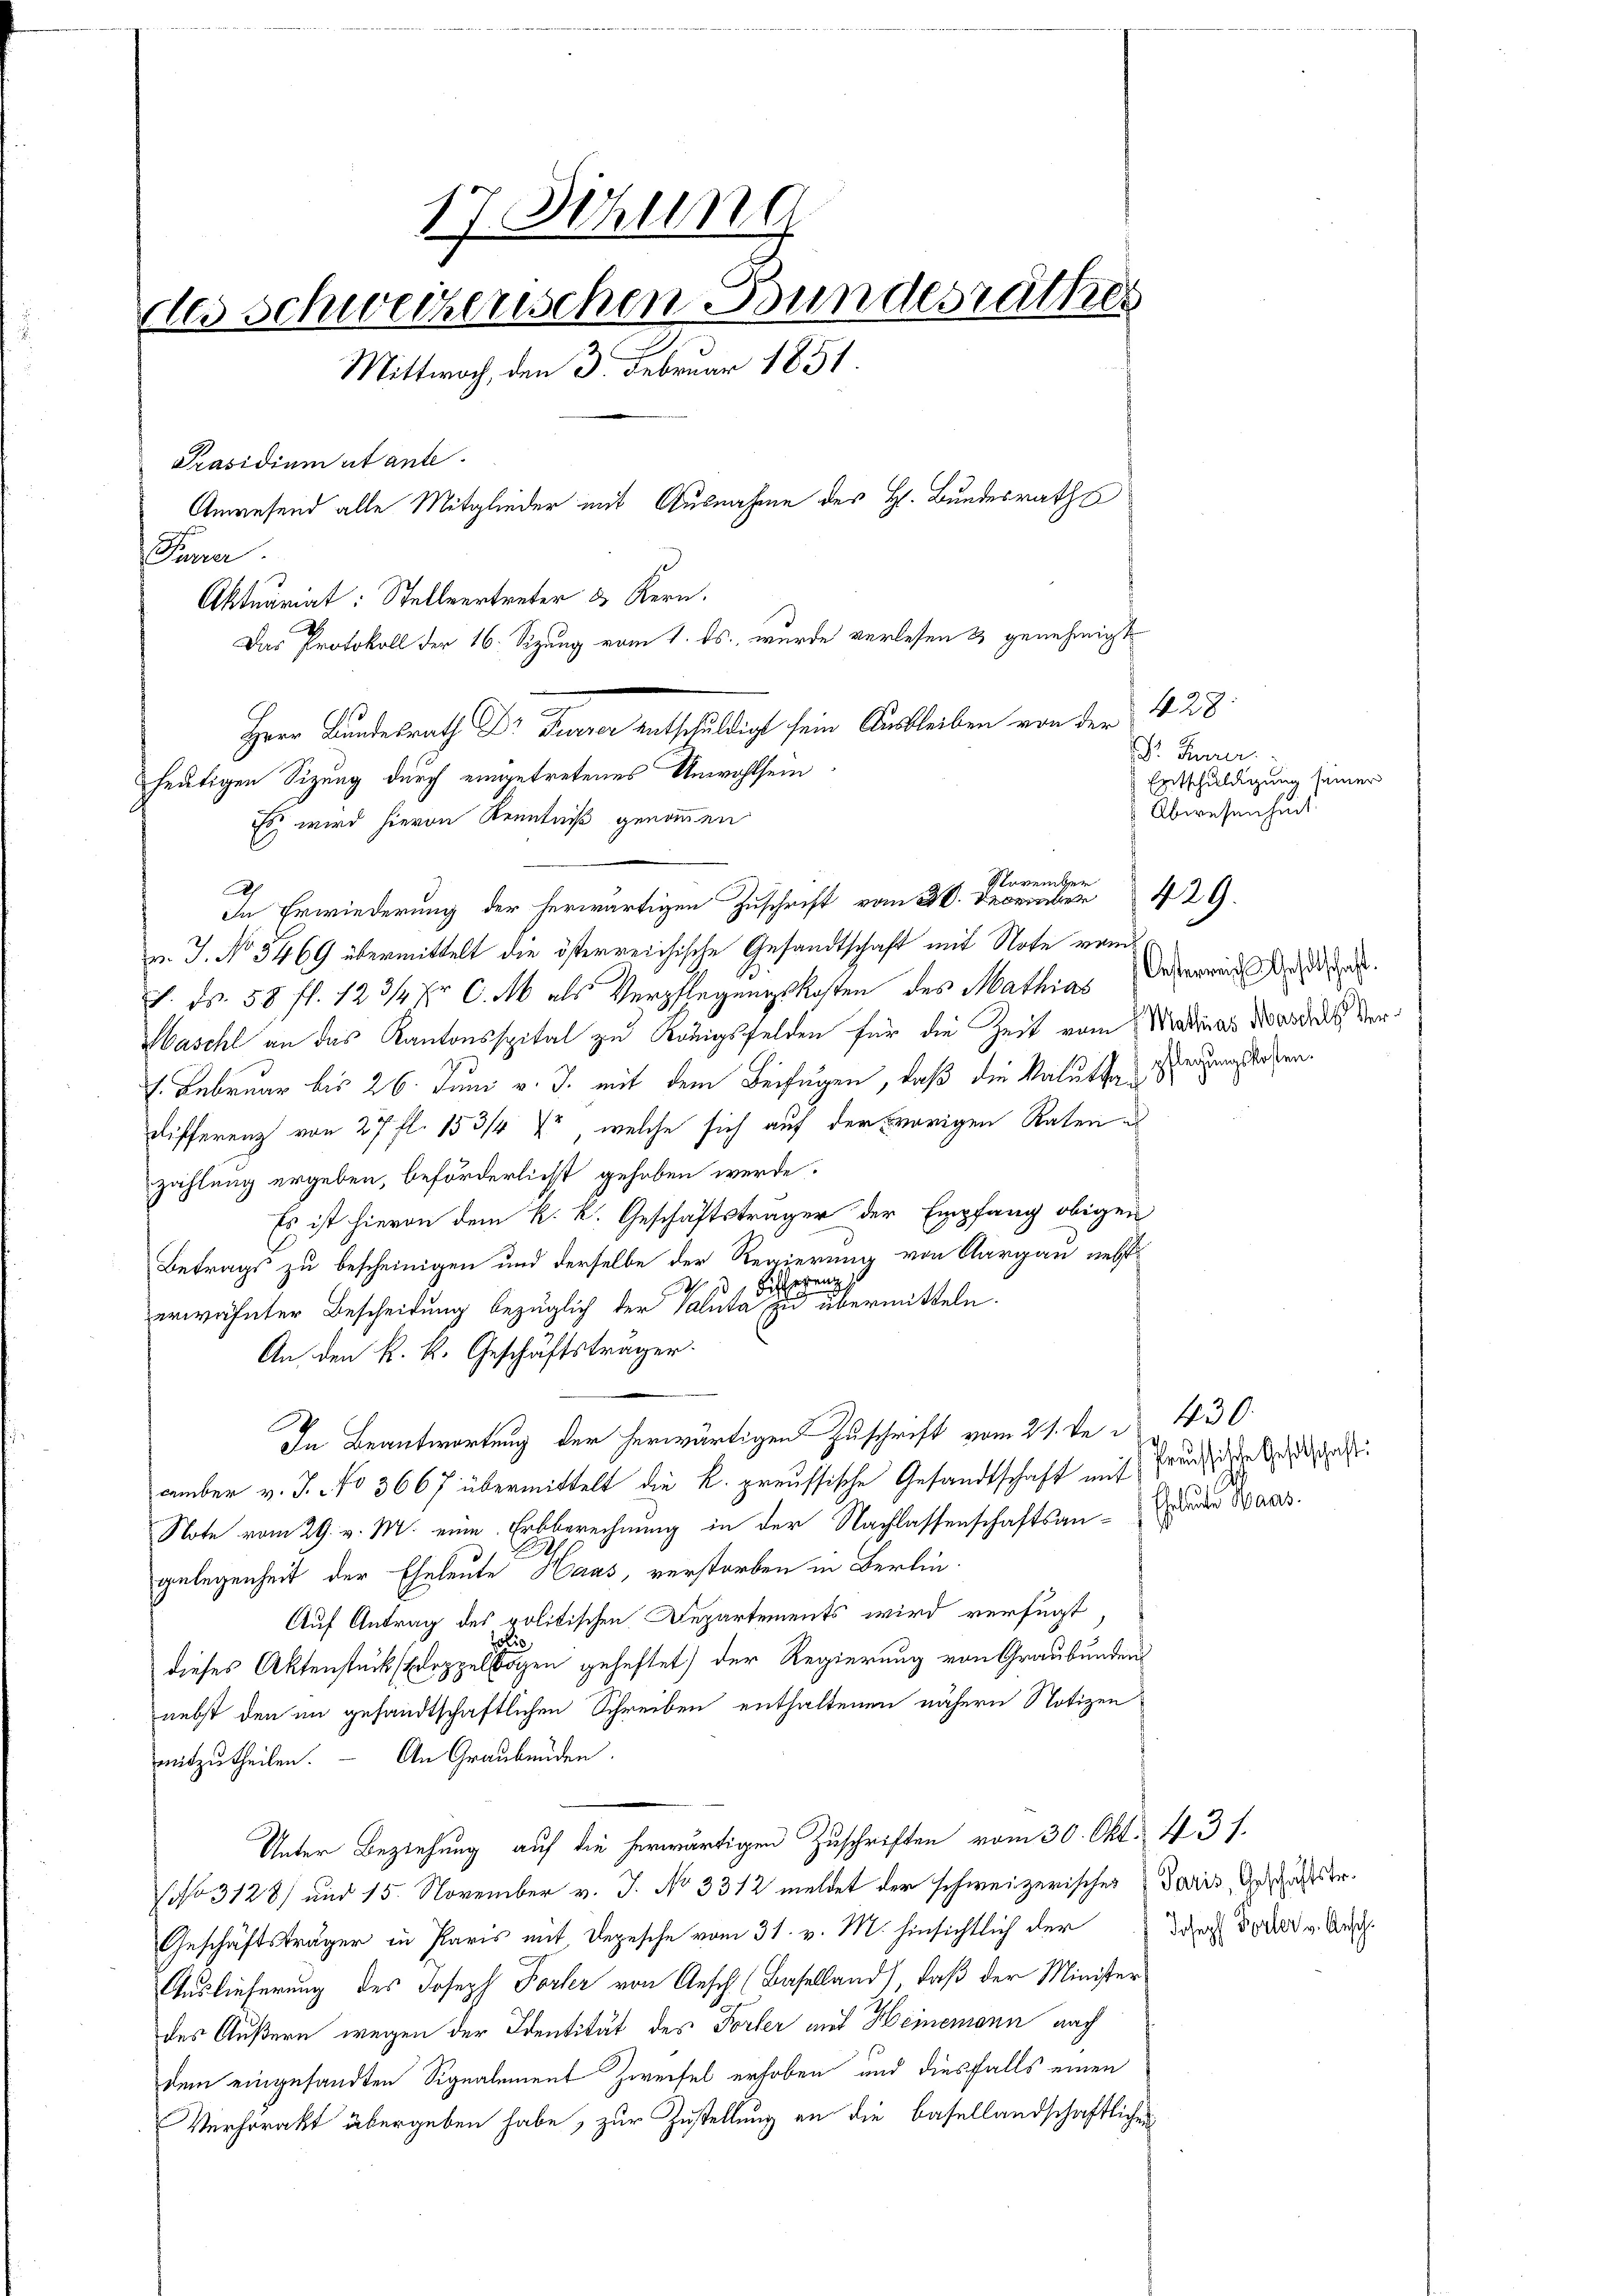
17 Sitzung
les Schweizerischen Bundesrathes
Mittwoch, den 3. Februar 1851.
Präsidium utante.
Anwesend alle Mitglieder mit Ausnahme des H. Bundesraths
Pinser
Aktuariat: Stellvertreter & Kern.
D
Das Protokoll der 16. Sizung vom 1. ds. wurde verlesen & genehmigt
e
Herr Bundesrath Dr Furrer entschuldigt sein Ausbleiben von der 428:
heutigen Sizung durch eingetretenes Unwohlsein
Es wird hievon Kenntniß genommen.

e
h
In Erwiederung der herwärtigen Zuschrift vom 20. Decraber 429.
v. J. No 3469 übermittelt die österreichische Gesandtschaft mit Note vom
v. Fr. 58 ff. 123/ fr C. M. als Verpflegungskosten des Mathias
Mascht an das Kantonsspital zu Königsfelden für die Zeit vom Marias Mordes Ver¬
1. Februar bis 26. Juni v. J. mit dem Beifügen, daß die Valutzen Herzensstaben.
Differenz von 27 fl. 153/4 Xr, welche sich auf der vorigen Raten
zählung ergeben, beförderlicht gehoben werde.
Es ist hievon dem k. k. Geschäftsträger der Empfang obigen
Betrags zu bescheinigen und derselbe der Regierung von Aargau nebst
W 1 Bieren
erwähnter Bescheidung bezüglich der Valuta zu übermitteln.
An den k. k. Geschäftsträger.
In Beantwortung der herwärtigen Zuschrift vom 21. De n 430.
amber v. J. No 3667 übermittelt die k. preussische Gesandtschaft mit Freundliche das
Note vom 29. v. M. eine Erbberechnung in der Nachlassenschaftsan-deder Wass
gelegenheit der Eheleute Haas, verstorben in Berlin-
Auf Antrag des politischen Departements wird verfügt,
o
dieses Aktenstückstoppelbogen geheftet) der Regierung von Graubünden
nebst den im gesandtschaftlichen Schreiben enthaltenen nähern Notizen
mitzutheilen. — An Graubünden.
Unter Beziehung auf die herwärtigen Zuschriften vom 30. Okt. 431.
(No 3128) und 15. November v. J. No 3312 meldet der schweizerisches Paris, Geschaftser¬
Geschäftsträger in Paris mit Depesche vom 31. v. M. hinsichtlich der
Auslieferung des Joseph Forter von Aesch (Baselland), daß der Minister
des Äußern wegen der Identität des Forter auf Heinemann auch
dem eingesandten Signalement Zweifel erhoben und diesfalls einen
Verhörakt übergeben habe, zur Zustellung an die Basellandschaftlichen

November

Dr. Feuer
Entschuldigung seiner
Abwesenheit
Oesterreich Gehlschaft.

Joseph Forter v. Anschi